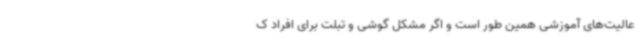
عالیت‌های آموزشی همین طور است و اگر مشکل گوشی و تبلت برای افراد ک